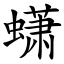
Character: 蟏